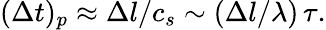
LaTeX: ({\Delta}t)_{p}\approx\Delta l/c_{s}\sim(\Delta l/\lambda)\, \tau.